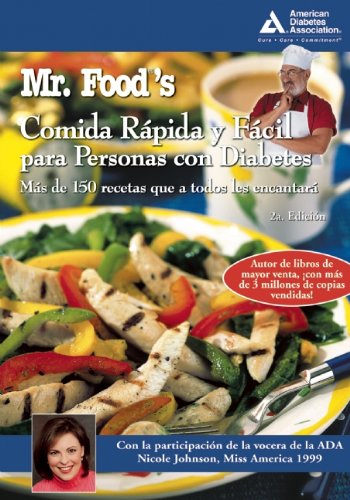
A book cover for Mr. Food's Comida RÃ¡pida y FÃ¡cil para Personas con Diabetes (Spanish Edition); Art Ginsburg; Health, Fitness & Dieting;